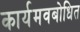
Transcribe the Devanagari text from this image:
कार्यमवबोधित